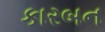
કારબન